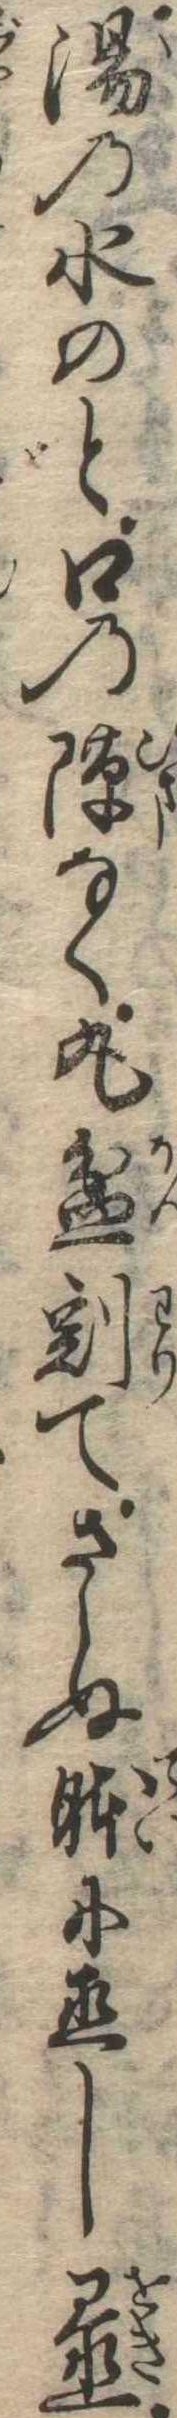
湯の水のと口の隙なく丸盆割てさらぬ体に直し置